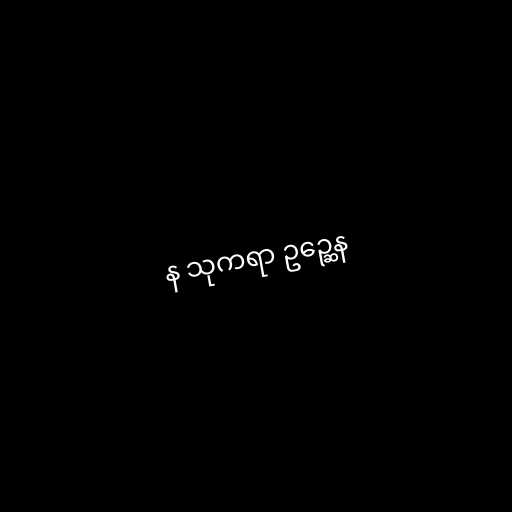
န သုကရာ ဥဉ္ဆေန